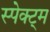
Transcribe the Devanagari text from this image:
स्पेक्ट्म